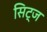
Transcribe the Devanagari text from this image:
सिट्ज